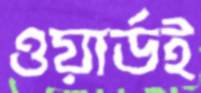
ওয়ার্ডই